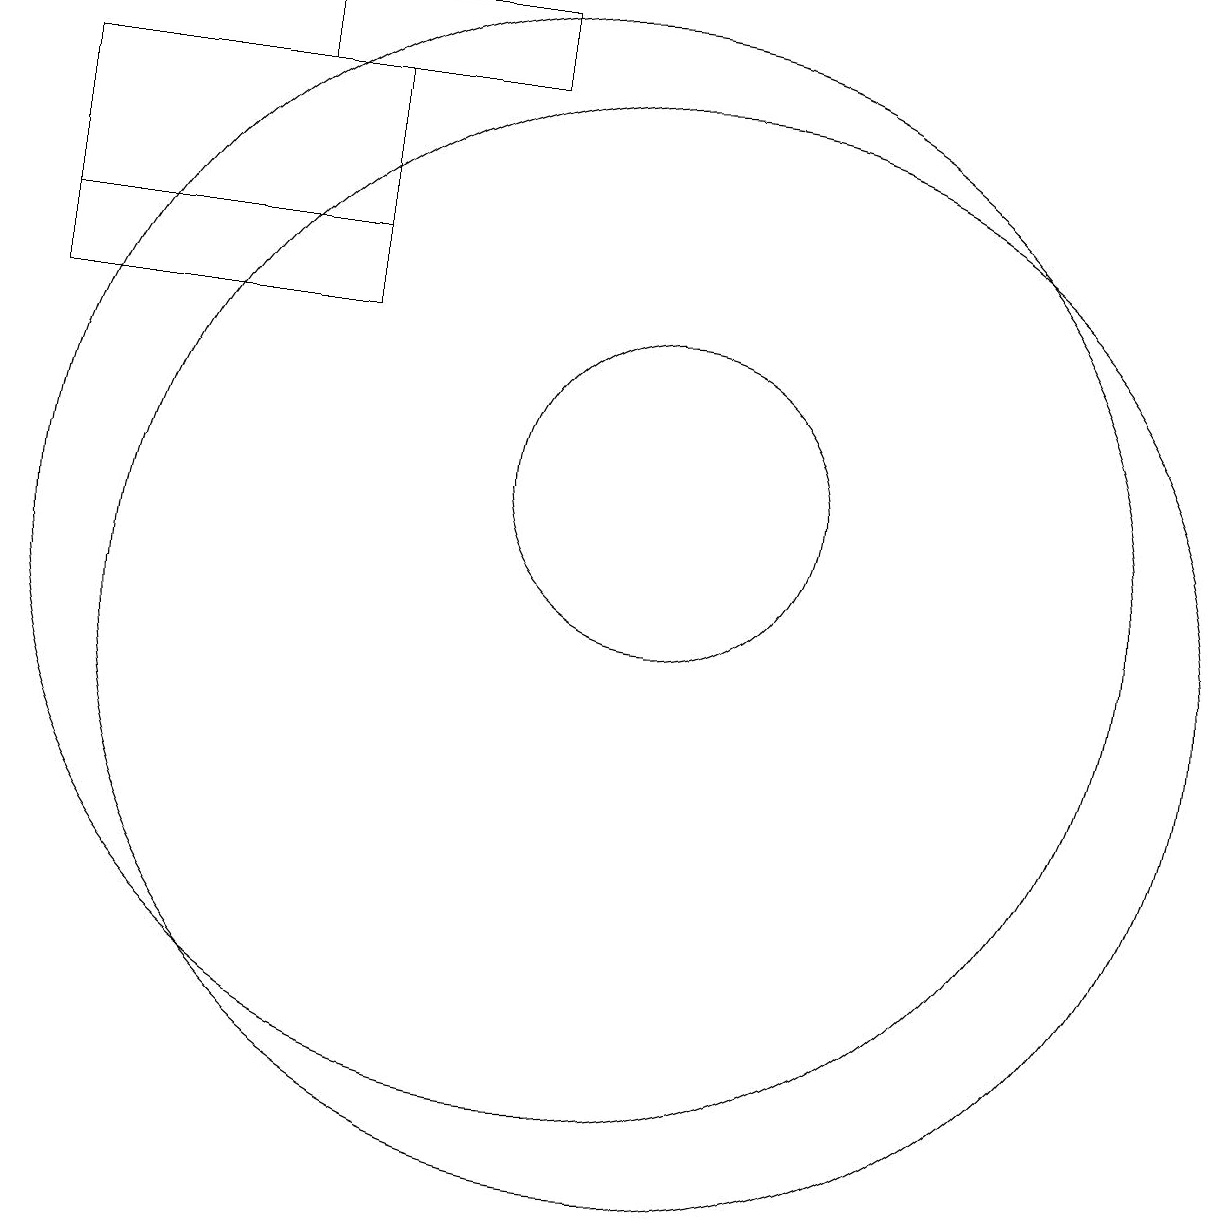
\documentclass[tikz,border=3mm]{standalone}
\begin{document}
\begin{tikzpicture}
\draw (11,10) circle (7);
\draw (11,12) circle (2);
\draw (6,17) rectangle (9,18);
\draw (3,14) rectangle (7,15);
\draw (10,11) circle (7);
\draw (3,17) rectangle (7,15);
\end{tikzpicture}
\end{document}